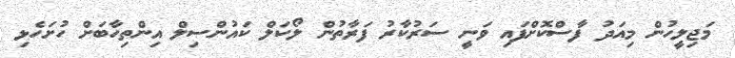
މަޖިލީހުން މިއަދު ފާސްކޮށްފައި ވަނީ ސަރުކާރު ފަރާތުން ލޯކަލް ކައުންސިލް އިންތިހާބަށް ހުށަހެޅި